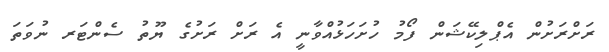
ރަށްރަށުން އެޕްލިކޭޝަން ފޯމު ހުށަހަޅުއްވާނީ އެ ރަށް ރަށުގެ ޔޫތު ސެންޓަރ ނުވަތަ